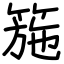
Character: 箷